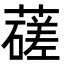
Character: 䕢